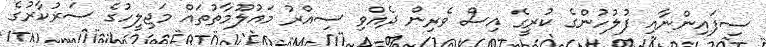
ސިފައިންނާއި ފުލުހުންގެ ކުރީގެ އިސް ވެރިން ދެއްވި ސިއްރު މައުލޫމާތުތައް މަޖިލީހުގެ ސަރުކާރުގެ